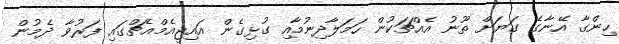
ހިންގާ އޭނާގެ ގަޔަށް ތޫނު އެއްޗަކުން ހަމަލާދިނުމާއި ގުޅިގެން އައިޖީއެމްއެޗްގައި ފަރުވާ ދެމުން